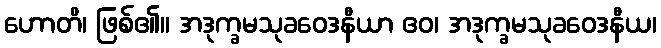
ဟောတိ၊ ဖြစ်၏။ အဒုက္ခမသုခဝေဒနီယာ ဧဝ၊ အဒုက္ခမသုခဝေဒနီယ၊